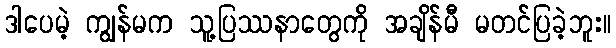
ဒါပေမဲ့ ကျွန်မက သူ့ပြဿနာတွေကို အချိန်မီ မတင်ပြခဲ့ဘူး။